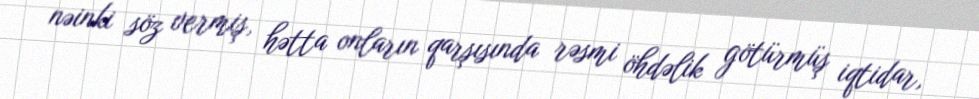
nəinki söz vermiş, hətta onların qarşısında rəsmi öhdəlik götürmüş iqtidar,